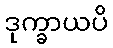
ဒုက္ခာယပိ